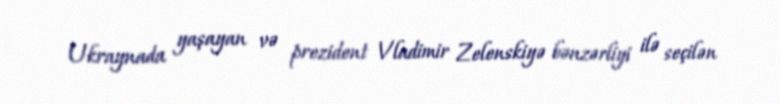
Ukraynada yaşayan və prezident Vladimir Zelenskiyə bənzərliyi ilə seçilən